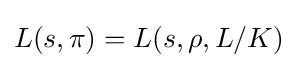
L(s,\pi )=L(s,\rho ,L/K)